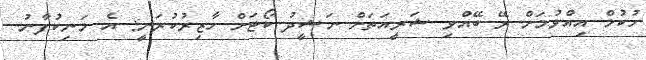
ހުކުމް އިއްވުމަށް ރޭ ބޭއްވި ޝަރީއަތަށް ނަޝީދު ކޯޓަށް ހާޒިރުކުރަނީ: އެ މަނިކުފާނު